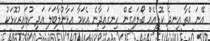
އޭނަ އެތާ އިނދެ ކޮފީއެއް ބޯލައިގެން ހިނގައިދާނެ އެކަމާ އަޅާނުލާބަލަ އަދި ކުޑައިރުކޮޅަކު